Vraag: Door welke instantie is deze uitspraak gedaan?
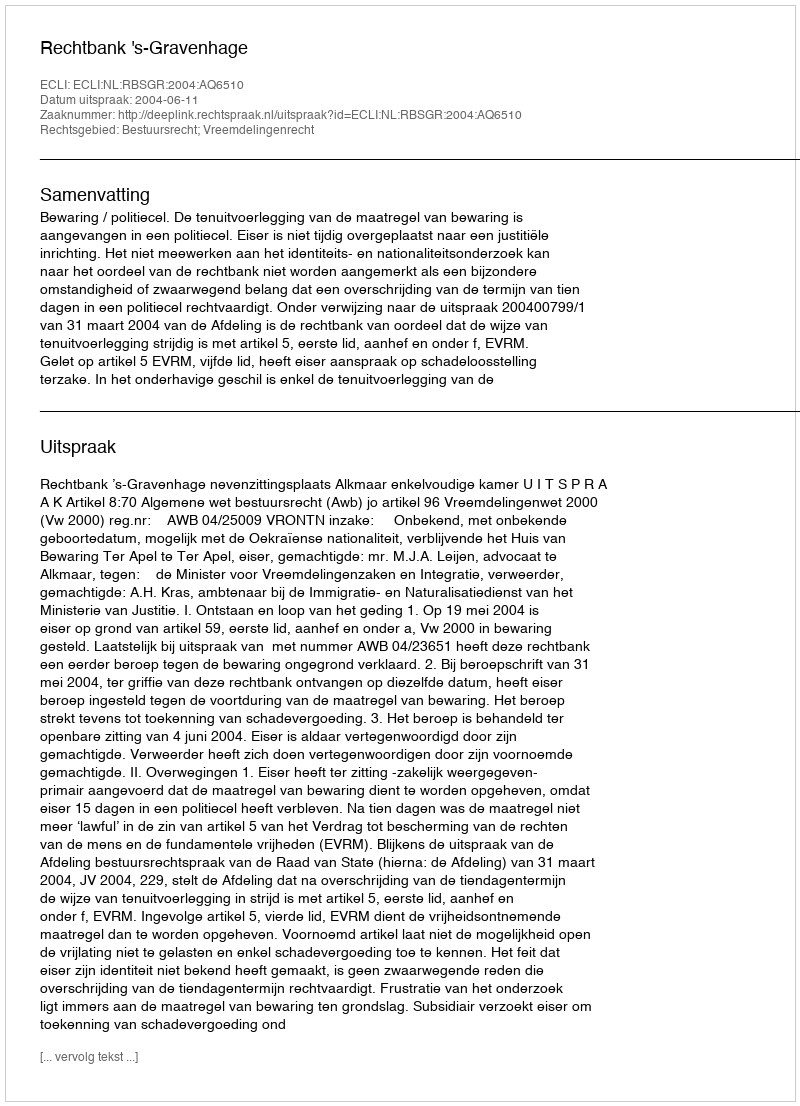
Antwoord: Rechtbank 's-Gravenhage